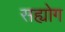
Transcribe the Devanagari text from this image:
सह्योग